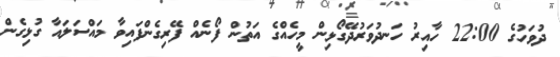
ދުވަހުގެ 22:00 ހާއިރު ހަނދުވަރުދޭގޯޅިން މީހެއްގެ އަތުން ފޯނެއް ފޭރިގެންފައިވާ މައްސަލައާ ގުޅިގެން